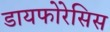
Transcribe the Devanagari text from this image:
डायफोरेसिस